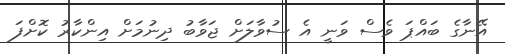
އޭނާގެ ބައްޕަ ވެސް ވަނީ އެ ސުވާލަށް ޖަވާބު ދިނުމަށް އިންކާރު ކޮށްފަ